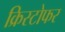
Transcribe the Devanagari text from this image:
क्रिस्‍टोफर